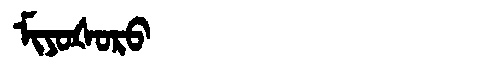
Manchu: ᠮᡳᠶᠣᡧᠣᡵᠣ
Romanization: MIYOŠORO